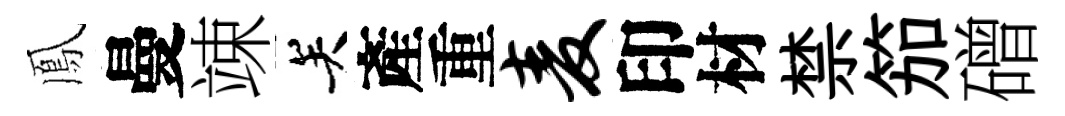
鳳曼竦关產重麦印材禁笳磳